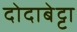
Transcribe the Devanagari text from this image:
दोदाबेट्टा